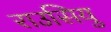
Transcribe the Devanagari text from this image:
राउसियु